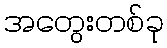
အတွေးတစ်ခု